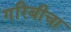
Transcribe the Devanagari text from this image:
गरिबीचा